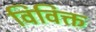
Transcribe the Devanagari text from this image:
विविक्त